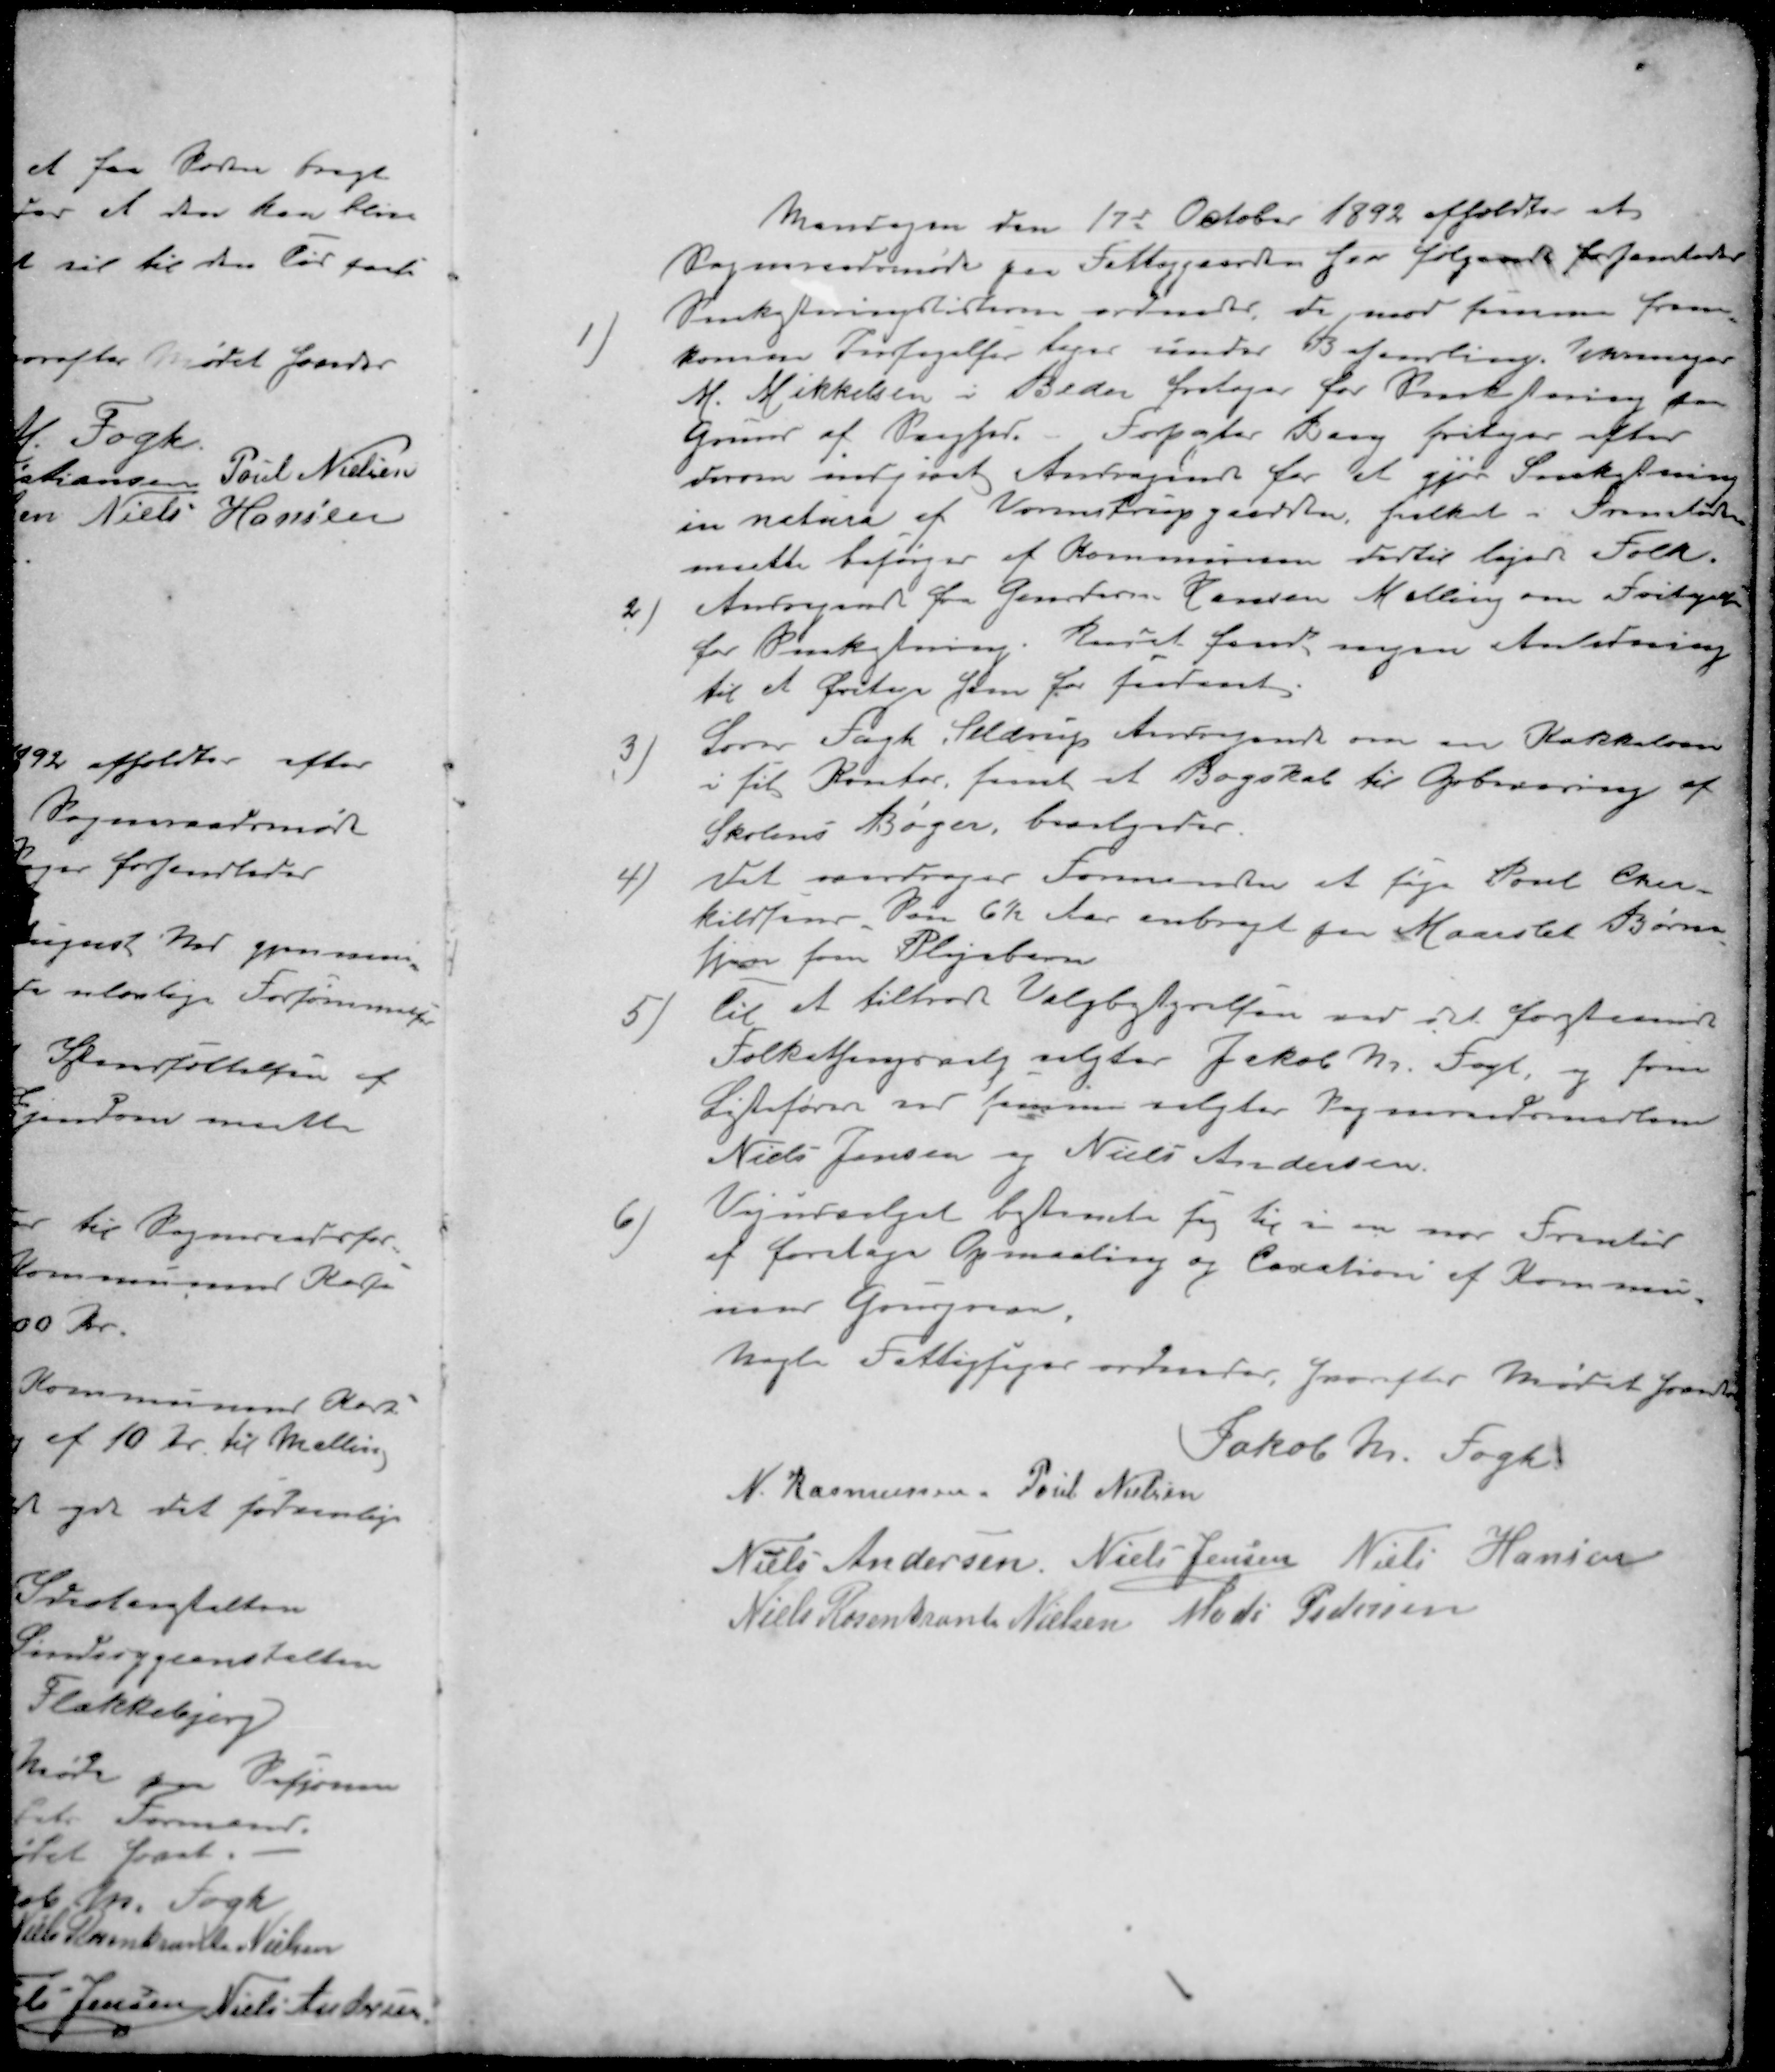
Transskription:
Mandagen den 17d October 1892 afholdtes et
Sogneraadsmøde paa Fattiggaarden hvor følgende forhandledes
1 ) Snekastningslisterne ordnedes, de mod samme frem-
komme Indsigelser tager under Behandling. Urmager
M. Mikkelsen i Beder fritages for Snekastning paa
Grund af  Forpagter Bang fritager efter
Forom indgivet Andragende for at gjør Snekastning
in natura af Vormstrupgaarden, hvilket i Fremtiden
maate besørges af Kommunens dertil lejede Folk
2 ) Andragende fra Gartner Hansen Malling om Fritagelse
for Snekastning. Raadet fandt ingen Anledning
til at fritage ham for snekast
3 )Lærer Fogh, Seldrup Andragende om en Kakkelovns
i sit Kontor, samt et Bogskab til Opbevaring af
Skolens Bøger, bevilgedes.
4 )Det overdrager Formanden at søge Poul Ther-
kildsen Søn 6½ Aar anbragt for Maarslet Børne
hjem som Plejebarn
5 )til at tiltræde Valgbetyrelsen ved det forestaaende
Folketingsvalg valgtes Jakob M. Fogh, og som
Listefører ved samme valgtes Sogneraadsmedlem
Niels Jensen og Niels Andersen
6 ) Vejudvalget bestemte sig til i en nær Fremtid
af foretage Opmaaling og Location af Kommu-
nens 
Nogle Fattigsager ordnedes, hvorefter Mødet hævedes
Jakob Kr. Fogh
N. Rasmussen
Poul Nielsen
Niels Andersen
Niels Jensen
Niels Hansen
Niels Rosenkrant Nielsen
Mads Pedersen